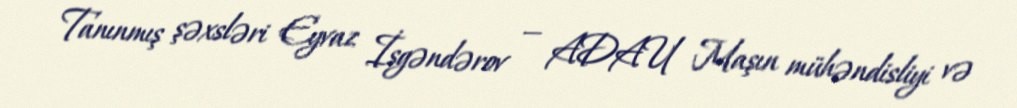
Tanınmış şəxsləri Eyvaz İsgəndərov — ADAU Maşın mühəndisliyi və